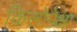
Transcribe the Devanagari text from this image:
किलोपेक्षा